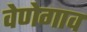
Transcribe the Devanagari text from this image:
वेणेगाव